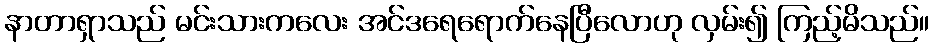
နာတာရှာသည် မင်းသားကလေး အင်ဒရေရောက်နေပြီလောဟု လှမ်း၍ ကြည့်မိသည်။